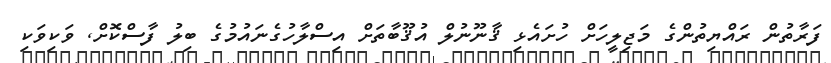
ފަރާތުން ރައްޔިތުންގެ މަޖިލީހަށް ހުށައެޅި ޤާނޫނުލް އުޤޫބާތަށް އިސްލާހުގެނައުމުގެ ބިލު ފާސްކޮށް